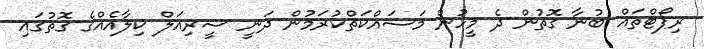
ރިޕޯޓްތައް ބުނާ ގޮތުން ދެ މީހުން މަސައްކަތްކުރަމުން ދަނީ ސީރިއަލް ކިލާއެއްގެ ގޮތުގައި